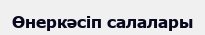
Өнеркәсіп салалары